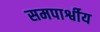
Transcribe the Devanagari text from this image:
समपार्श्वीय